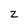
Character: Z